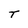
Character: T